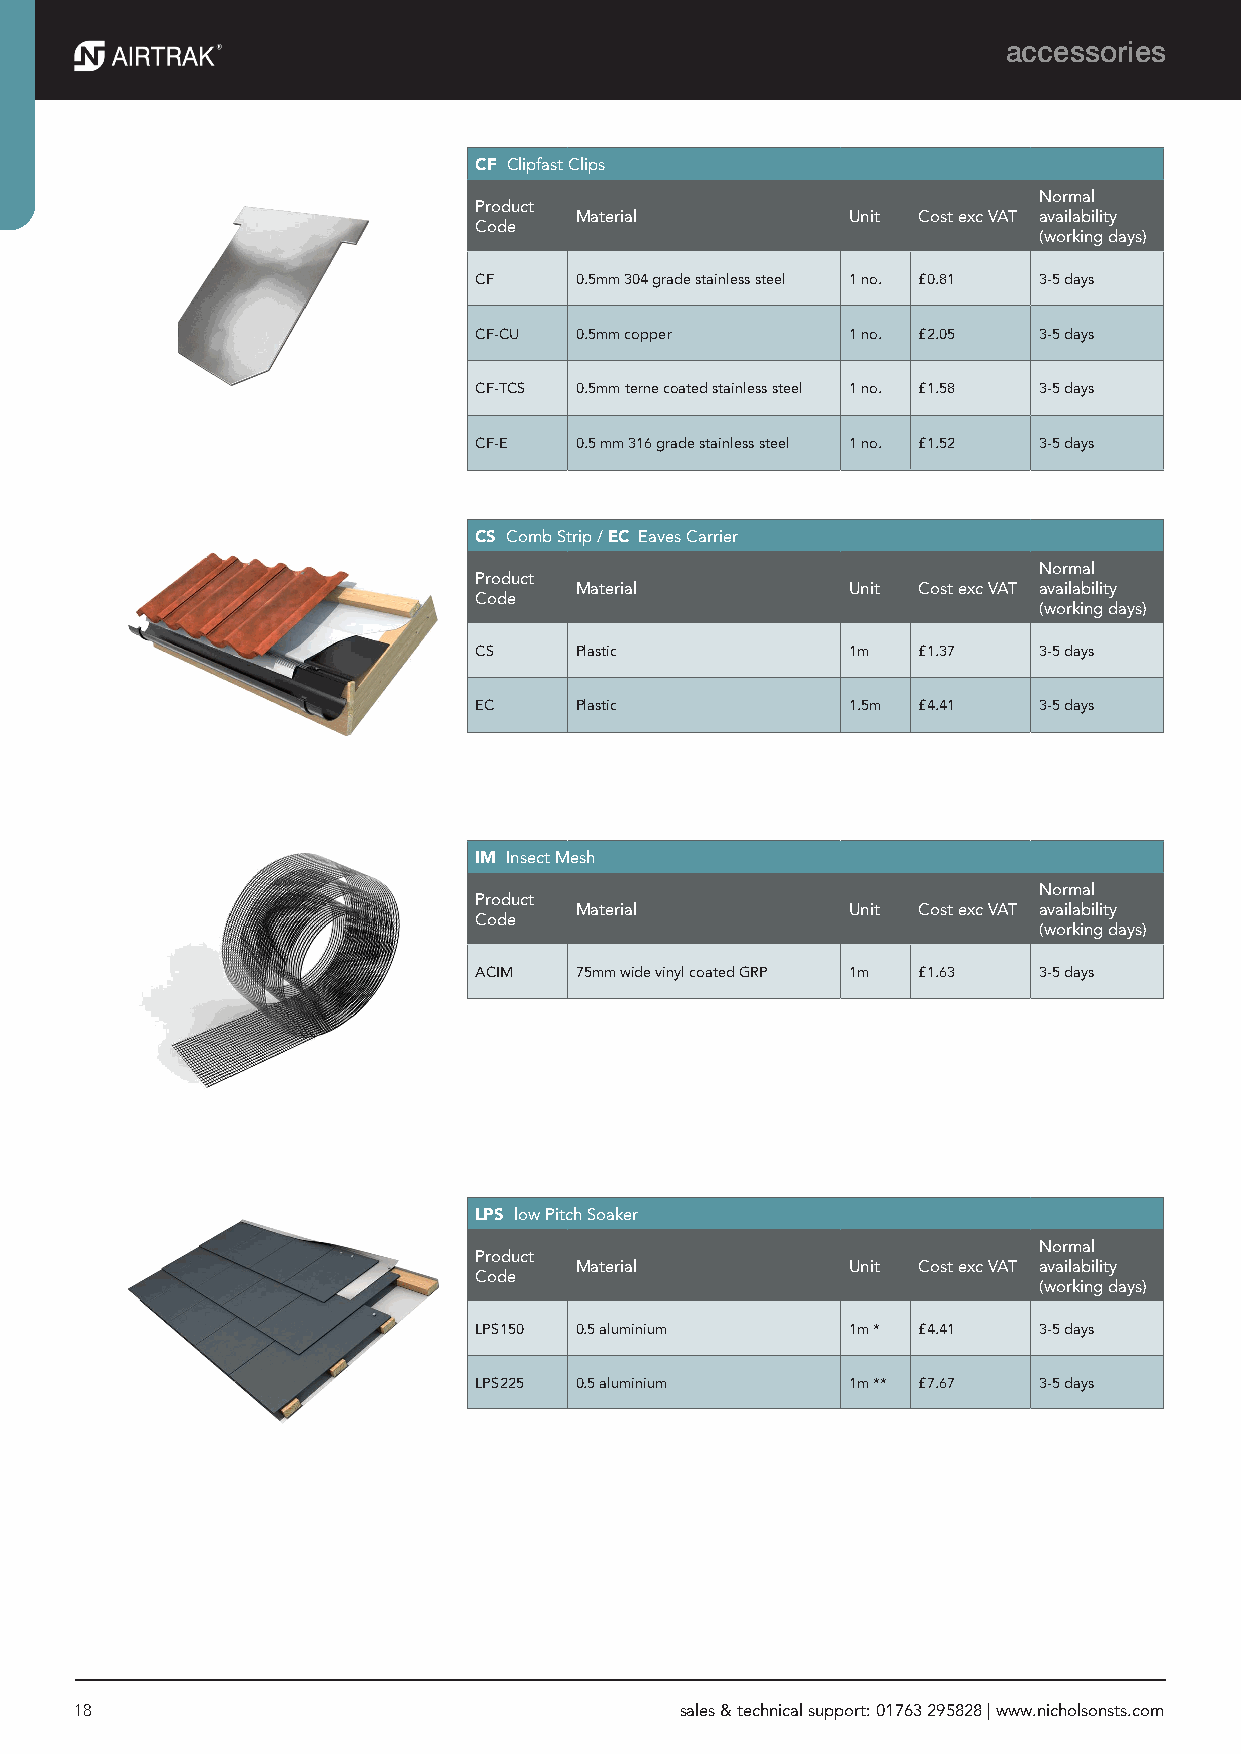
accessories
 CF Clipfast Clips
 Normal
 Product
 Material          Unit Cost exc VAT availability
 Code
 (working days)
 CF     0.5mm 304 grade stainless steel 1 no. £0.81 3-5 days
 CF-CU  0.5mm copper      1 no. £2.05  3-5 days
 CF-TCS 0.5mm terne coated stainless steel 1 no. £1.58 3-5 days
 CF-E   0.5 mm 316 grade stainless steel 1 no. £1.52 3-5 days
 CS Comb Strip / EC Eaves Carrier
 Normal
 Product
 Material          Unit Cost exc VAT availability
 Code
 (working days)
 CS     Plastic           1m   £1.37   3-5 days
 EC     Plastic           1.5m £4.41   3-5 days
 IM Insect Mesh
 Normal
 Product
 Material          Unit Cost exc VAT availability
 Code
 (working days)
 ACIM   75mm wide vinyl coated GRP 1m £1.63 3-5 days
 LPS low Pitch Soaker
 Normal
 Product
 Material          Unit Cost exc VAT availability
 Code
 (working days)
 LPS150 0.5 aluminium     1m * £4.41   3-5 days
 LPS225 0.5 aluminium     1m ** £7.67  3-5 days
 18                                      sales & technical support: 01763 295828 | www.nicholsonsts.com